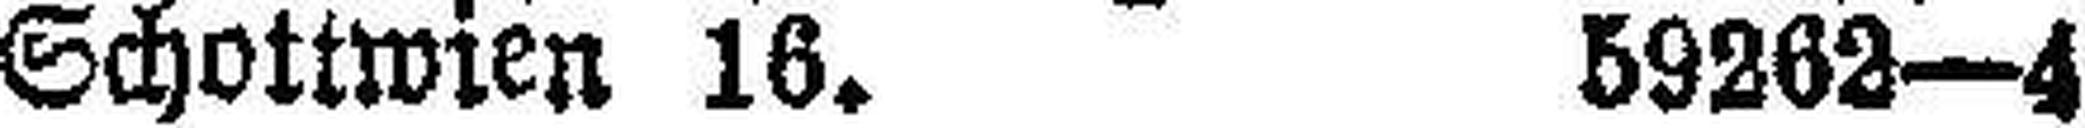
Schottwien 16. 59262—4